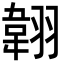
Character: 𦑻